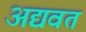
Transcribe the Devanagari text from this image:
अद्यवत